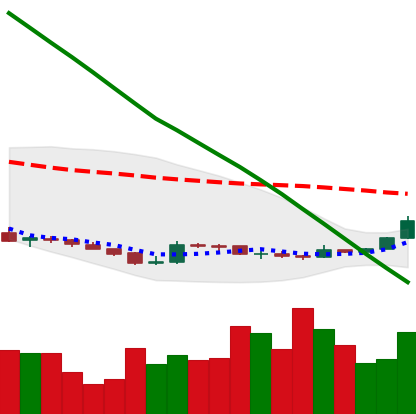
Ticker: XLM-USD
Chart end date: 2019-02-19
Forward return: -6.388%
Label: down_5_7